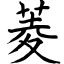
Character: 菱